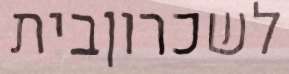
לשכרוןבית